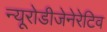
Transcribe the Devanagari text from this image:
न्यूरोडीजेनेरेटिव